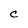
Character: C